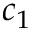
c _ { 1 }